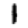
Digit: 1